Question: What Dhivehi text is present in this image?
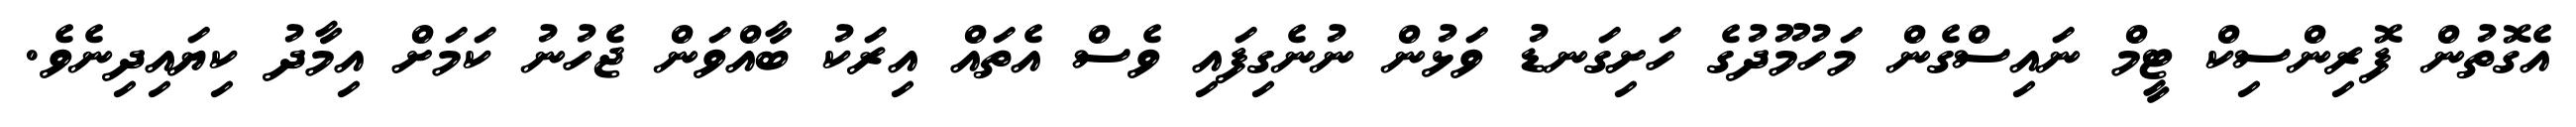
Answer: އެގޮތުން ފޮރިންސިކް ޓީމް ނައިސްގެން މަހުމޫދުގެ ހަށިގަނޑު ވަޅުން ނުނެގިފައި ވެސް އެތައް އިރަކު ބާއްވަން ޖެހުނު ކަމަށް އިމާދު ކިޔައިދިނެވެ.